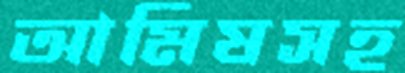
আমিষসহ